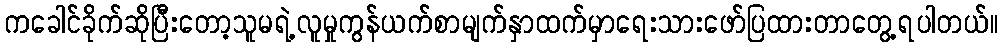
ကခေါင်ခိုက်ဆိုပြီးတော့သူမရဲ့လူမှုကွန်ယက်စာမျက်နှာထက်မှာရေးသားဖော်ပြထားတာတွေ့ရပါတယ်။